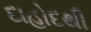
દાહોદથી